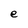
Character: e